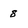
Character: 8